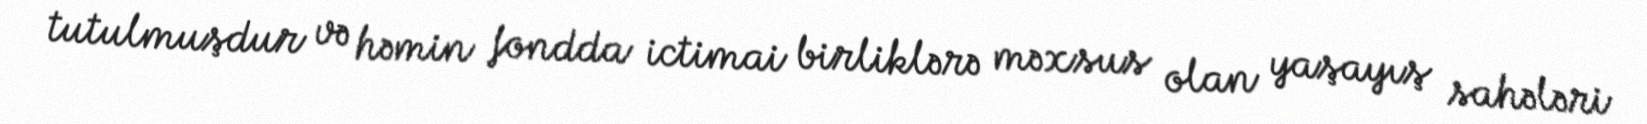
tutulmuşdur və həmin fondda ictimai birliklərə məxsus olan yaşayış sahələri